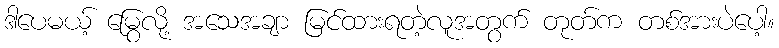
ဒါပေမယ့် မြွေလို့ အသေအချာ မြင်ထားရတဲ့လူအတွက် တုတ်က တစ်အားပဲပေါ့။